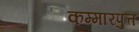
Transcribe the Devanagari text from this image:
कम्मारपुत्त